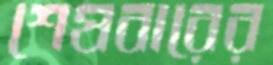
শেষবারের